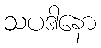
သပဒါနော